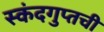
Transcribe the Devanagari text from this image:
स्कंदगुप्तची